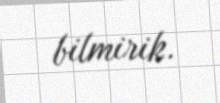
bilmirik.